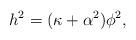
LaTeX: \begin{align*}h^{2}=(\kappa +\alpha ^{2})\phi ^{2}, \end{align*}